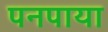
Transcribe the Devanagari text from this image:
पनपाया